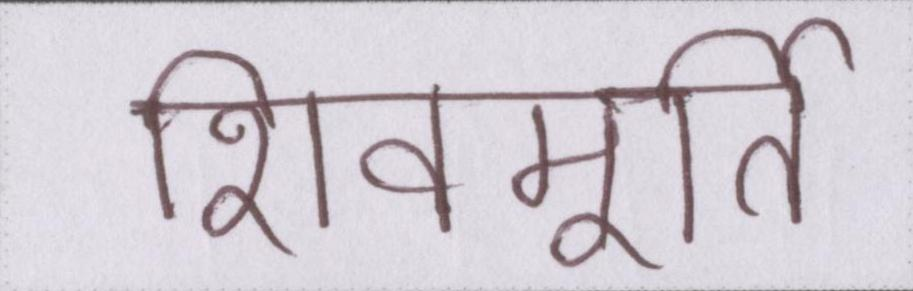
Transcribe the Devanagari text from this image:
शिवमूर्ति